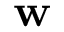
\mathbf { w } _ { }